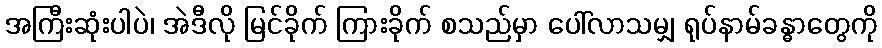
အကြီးဆုံးပါပဲ၊ အဲဒီလို မြင်ခိုက် ကြားခိုက် စသည်မှာ ပေါ်လာသမျှ ရုပ်နာမ်ခန္ဓာတွေကို